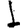
Digit: 1